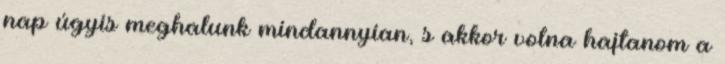
nap úgyis meghalunk mindannyian, s akkor volna hajtanom a